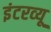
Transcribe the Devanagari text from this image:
इंटरव्‍यू